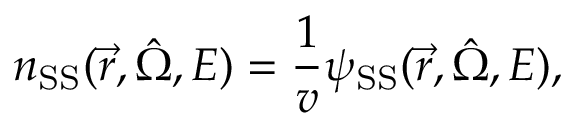
n _ { \mathrm { S S } } ( \vec { r } , \hat { \Omega } , E ) = \frac { 1 } { v } \psi _ { \mathrm { S S } } ( \vec { r } , \hat { \Omega } , E ) ,